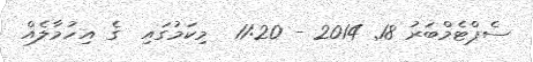
ސެޕްޓެމްބަރު 18